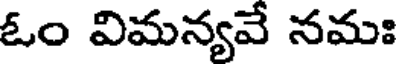
ఓం విమన్యవే నమః